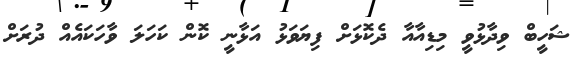
ޝަހީބް ވިދާޅުވީ މިޑިއާއާ ދެކޮޅަށް ފިޔަވަޅު އަޅާނީ ކޮން ކަހަލަ ވާހަކައެއް ދުރަށް